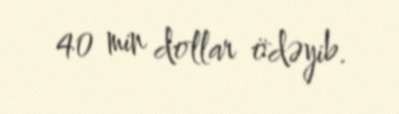
40 min dollar ödəyib.